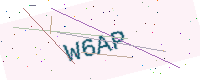
Text: W6AP